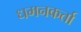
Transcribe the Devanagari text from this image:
धमनकर्ता